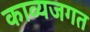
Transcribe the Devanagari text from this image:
काव्यजगत